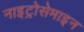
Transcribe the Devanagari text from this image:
नाइट्रोसेमाइन